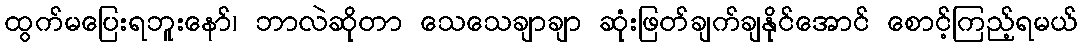
ထွက်မပြေးရဘူးနော်၊ ဘာလဲဆိုတာ သေသေချာချာ ဆုံးဖြတ်ချက်ချနိုင်အောင် စောင့်ကြည့်ရမယ်